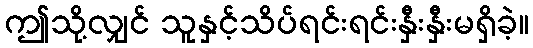
ဤသို့လျှင် သူနှင့်သိပ်ရင်းရင်းနှီးနှီးမရှိခဲ့။